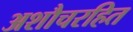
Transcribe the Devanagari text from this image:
अशौचरहित